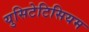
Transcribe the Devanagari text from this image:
युसिटेटिसियम